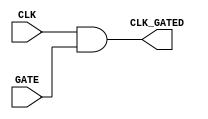
module clock_gating_cell (
    input wire CLK,        // Primary clock input
    input wire GATE,       // Gating signal
    output wire CLK_GATED  // Gated clock output
);
    // Clock gating logic
    assign CLK_GATED = CLK & GATE; // CLK_GATED is high only when both CLK and GATE are high
endmodule